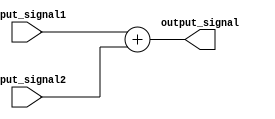
module GenerateFunction (
    input [7:0] input_signal1,
    input [7:0] input_signal2,
    output reg [7:0] output_signal
);

always @ (*) begin
    // Define the mathematical function or algorithm to generate the output signal
    output_signal = input_signal1 + input_signal2; // Example function, you can modify this as needed
end

endmodule